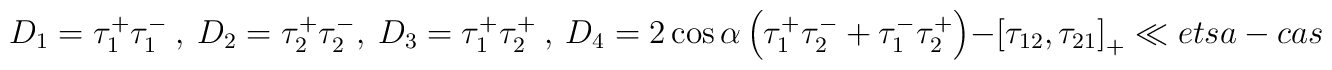
D_1= \tau_1^+ \tau_1^- \ , \  D_2= \tau_2^+ \tau_2^-  , \  D_3= \tau_1^+ \tau_2^+ \ , \  D_4=  2 \cos {\alpha} \left (  \tau_1^+ \tau_2^-  +  \tau_1^- \tau_2^+ \right )- \left[ \tau_{12}, \tau_{21} \right]_+\ll{etsa-cas}